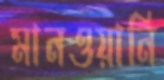
মানওয়ানি